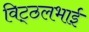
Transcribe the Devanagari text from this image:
विट्‍ठलभाई